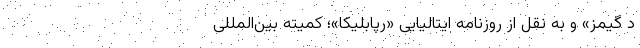
دِ گیمز» و به نقل از روزنامه ایتالیایی «رپابلیکا»؛ کمیته بین‌المللی